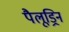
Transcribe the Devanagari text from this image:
पैलूड्रिन